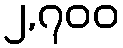
၂,၇၀၀